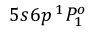
5 s 6 p \, ^ { 1 } P _ { 1 } ^ { o }